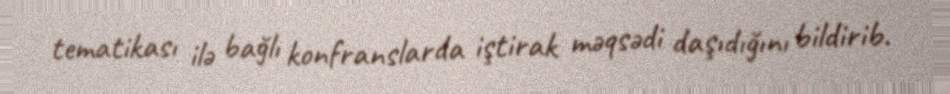
tematikası ilə bağlı konfranslarda iştirak məqsədi daşıdığını bildirib.